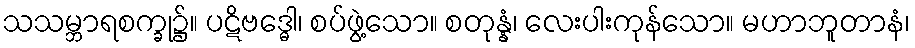
သသမ္ဘာရစက္ခု၌။ ပဋိဗဒ္ဓေါ၊ စပ်ဖွဲ့သော။ စတုန္နံ၊ လေးပါးကုန်သော။ မဟာဘူတာနံ၊